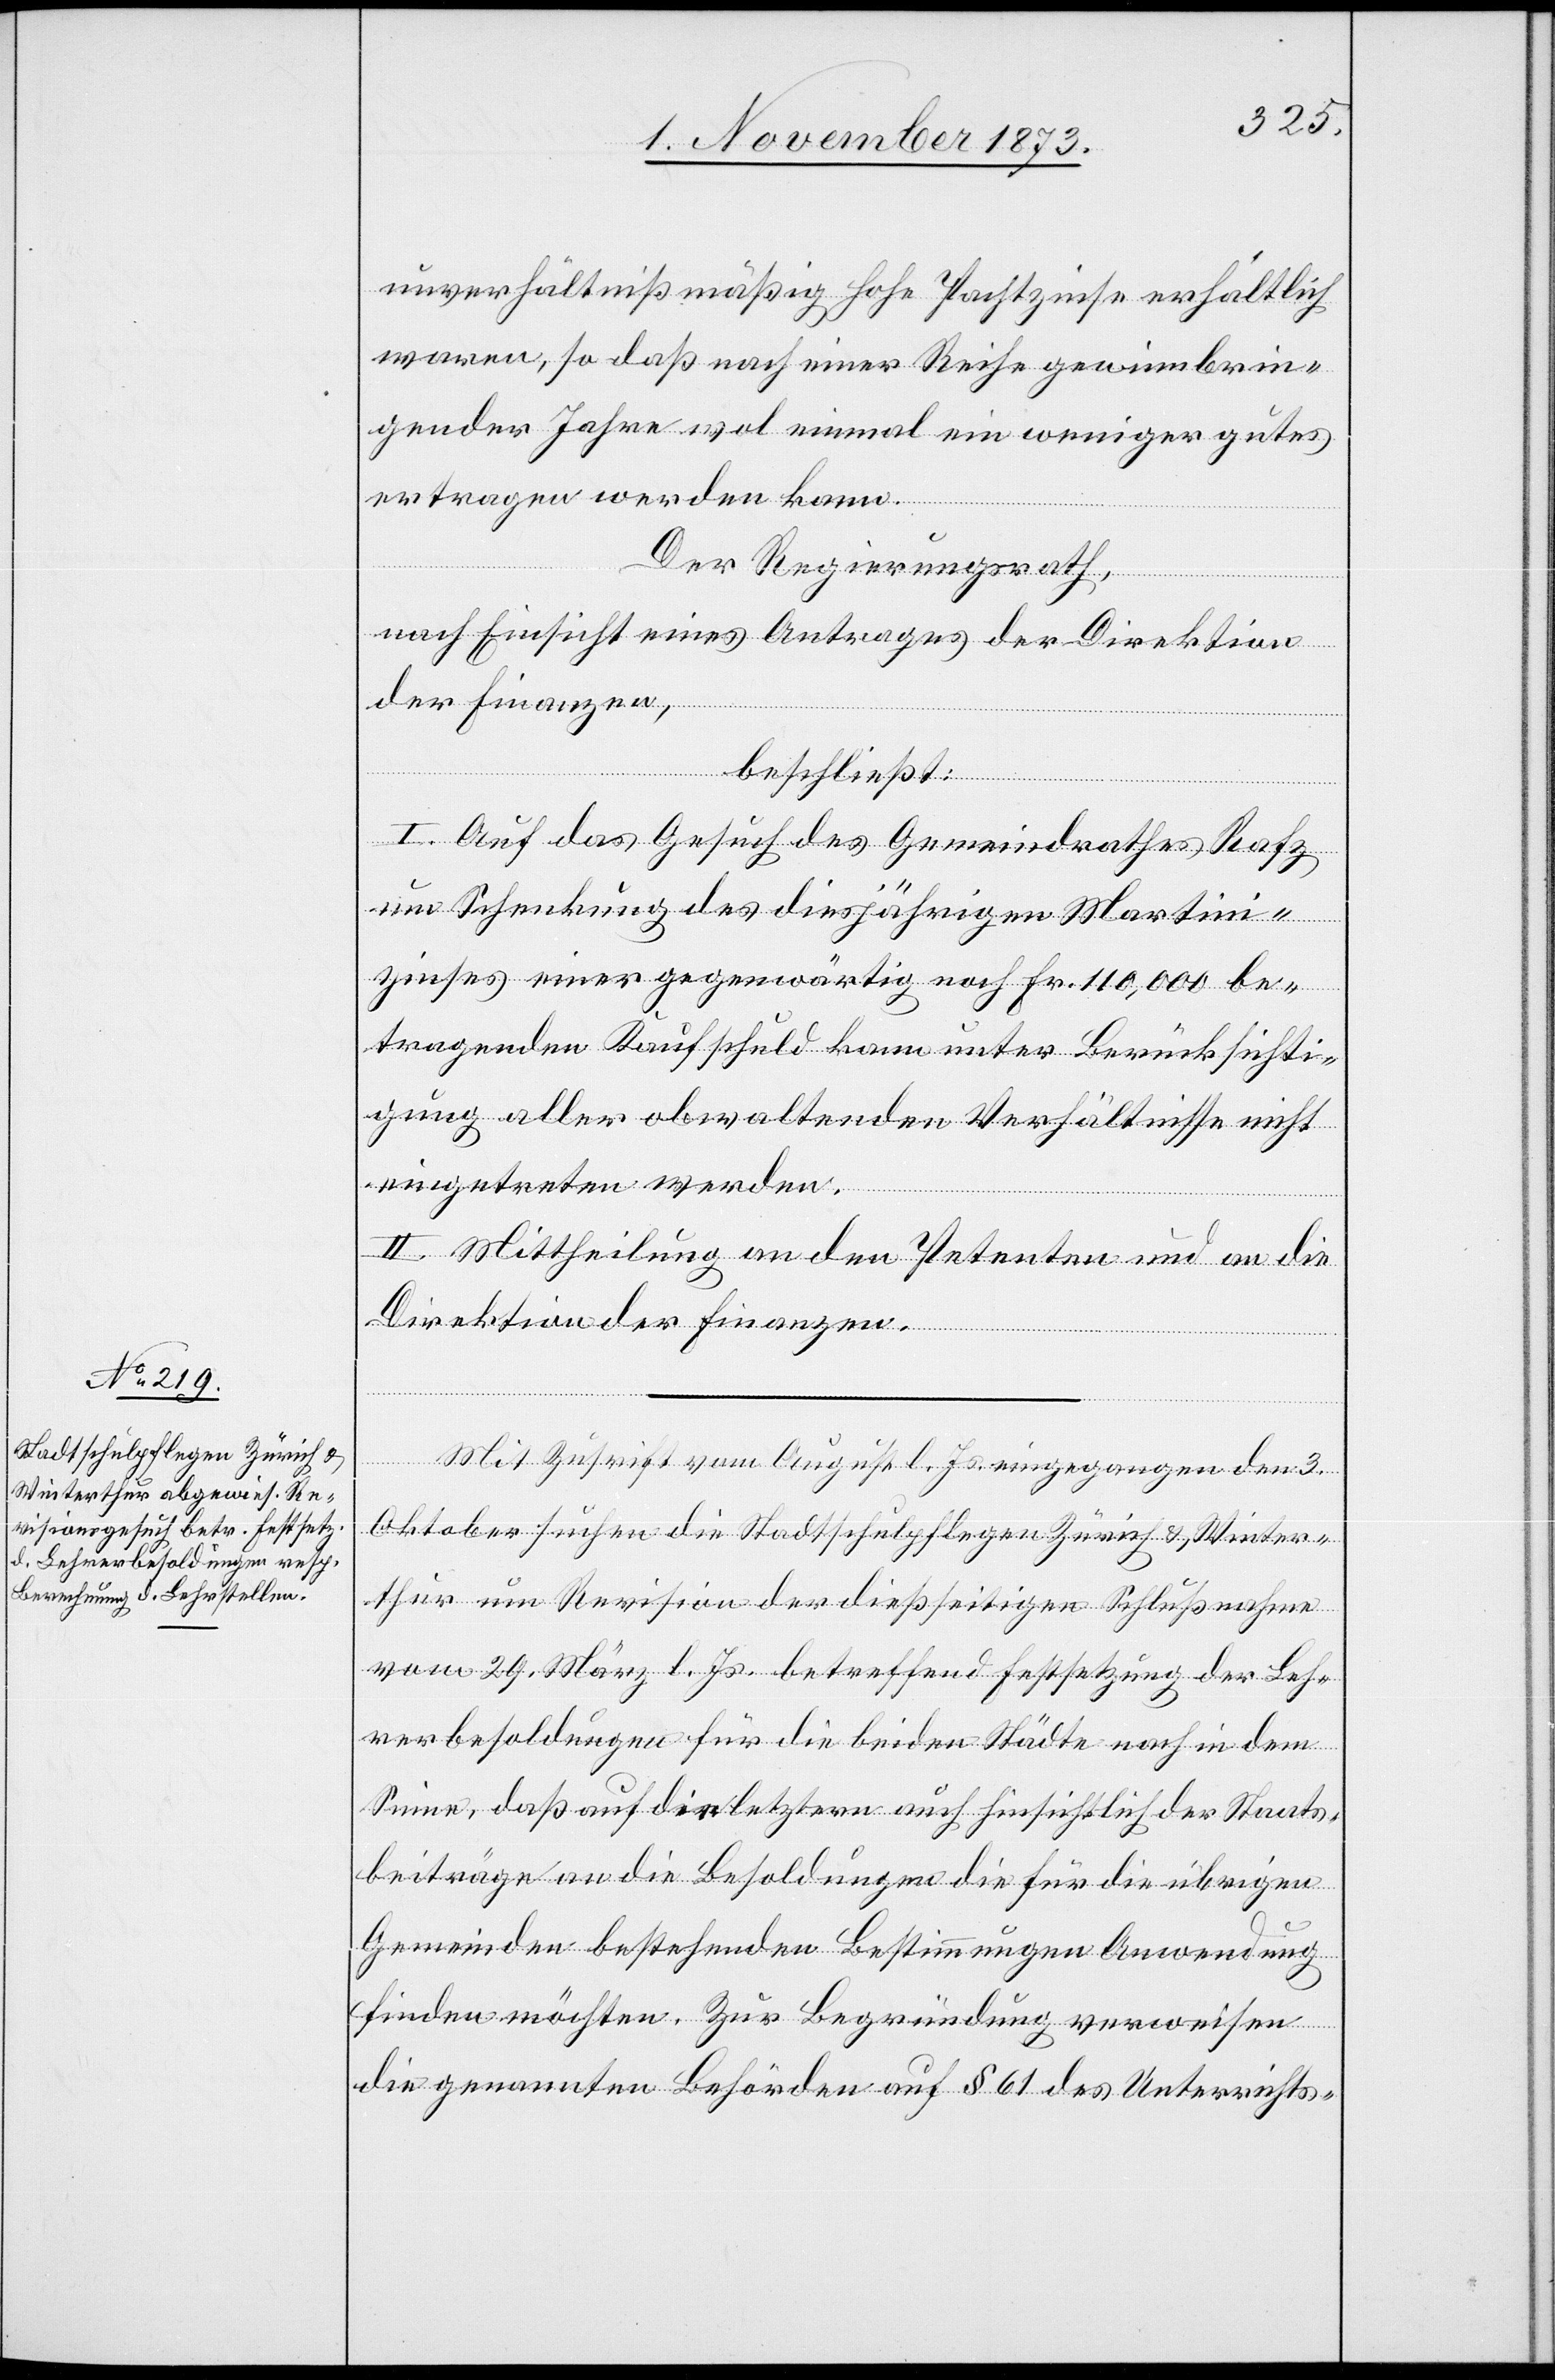
unverhältnißmäßig hohe Pachtzinse erhältlich
waren, so daß nach einer Reihe gewinnbrin¬
gender Jahre wol einmal ein weniger gutes
ertragen werden kann.
Der Regierungsrath,
nach Einsicht eines Antrages der Direktion
der Finanzen,
beschließt:
I. Auf das Gesuch des Gemeindrathes Rafz
um Schenkung des diesjährigen Martini¬
zinses einer gegenwärtig noch Fr. 110,000 be¬
tragenden Kaufschuld kann unter Berücksichti¬
gung aller obwaltenden Verhältnisse nicht
eingetreten werden.
II. Mittheilung an den Petenten und an die
Direktion der Finanzen.